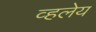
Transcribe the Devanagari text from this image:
व्हलेय